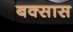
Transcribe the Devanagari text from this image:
बक्सास